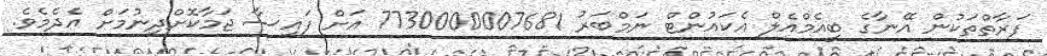
ފަރާތްތަކުން އޭނާގެ ބީއެމްއެލް އެކައުންޓް ނަމްބަރު 7730000007681 އަށް ފައިސާ ޖަމާކޮށްދިނުމަށް އެދެމެވެ.